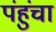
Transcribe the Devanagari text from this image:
पंहुंचा